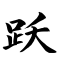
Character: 跃